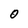
Character: O